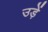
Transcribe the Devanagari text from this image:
उड़ें